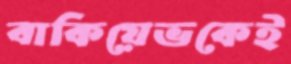
বাকিয়েভকেই